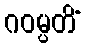
ဂဝမ္ပတိံ